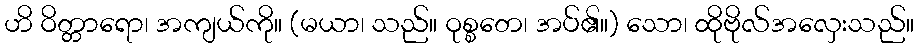
ဟိ ဝိတ္တာရော၊ အကျယ်ကို။ (မယာ၊ သည်။ ဝုစ္စတေ၊ အပ်၏။) သော၊ ထိုဗိုလ်အလှေးသည်။